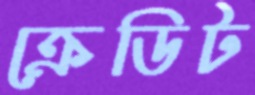
ক্রেডিট